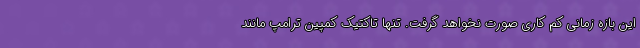
این بازه زمانی کم کاری صورت نخواهد گرفت. تنها تاکتیک کمپین ترامپ مانند